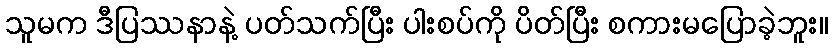
သူမက ဒီပြဿနာနဲ့ ပတ်သက်ပြီး ပါးစပ်ကို ပိတ်ပြီး စကားမပြောခဲ့ဘူး။